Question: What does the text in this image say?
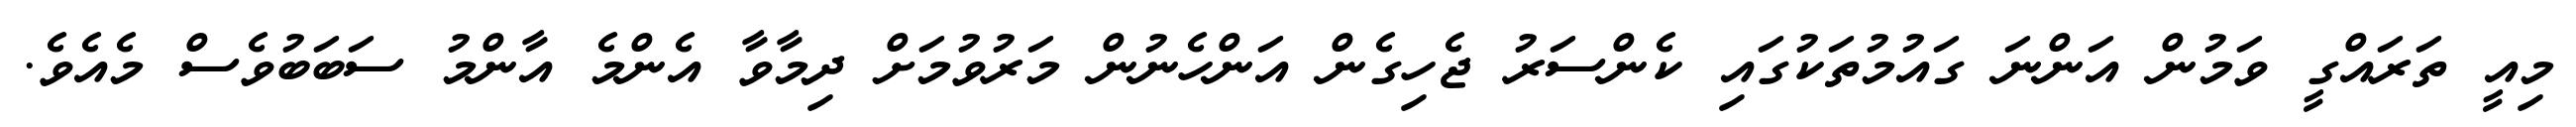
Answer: މިއީ ތަރައްގީ ވަމުން އަންނަ ގައުމުތަކުގައި ކެންސަރު ޖެހިގެން އަންހެނުން މަރުވުމަށް ދިމާވާ އެންމެ އާންމު ސަބަބުވެސް މެއެވެ.